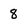
Character: 8